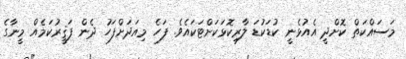
މަސައްކަތް ކޮށްދީ އެއުޅެނީ ކުޑަކުޑަ ލާރިކޮޅަކަށްޓަކައެވެ. ފަހެ މިއަދަށްފަހު ދެން ފަޤީރުކަމެއް މީނާގެ